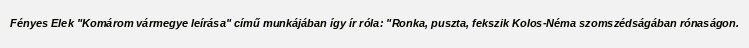
Fényes Elek "Komárom vármegye leírása" című munkájában így ír róla: "Ronka, puszta, fekszik Kolos-Néma szomszédságában rónaságon.